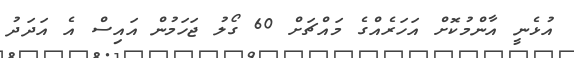
އުޅެނީ އާންމުކޮށް އަހަރެއްގެ މައްޗަށް 60 ގޯލު ޖަހަމުން އައިސް އެ އަދަދު